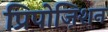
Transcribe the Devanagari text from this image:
प्रिपोज़िशन